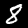
Digit: 8